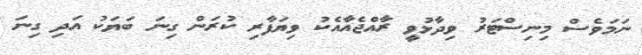
ނަމަވެސް މިނިސްޓަރު ވިދާޅުވީ ރާއްޖެއާއެކު ވިޔަފާރި ކުރަން ގިނަ ބަޔަކު އަދި ގިނަ